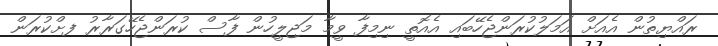
ރައްޔިތުން އެއަށް އަމަލުކުރަންޖެހޭބައި އެއޮތީ ނިމިފާ ވީމާ މަޖިލީހުން ފާސް ކުރަންޖެހޭގަރާރު ފށްކުރަން